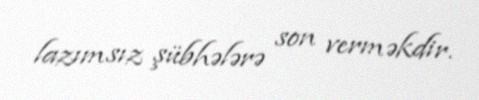
lazımsız şübhələrə son verməkdir.